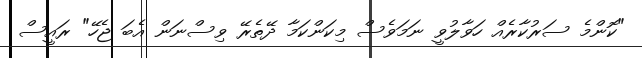
"ކޮންމެ ސަރުކާރެއް ހަވާލުވީ ނަމަވެސް މިކަންކަމާ ދޭތެރޭ ވިސްނަން އެބަ ޖެހޭ" ރައީސް